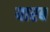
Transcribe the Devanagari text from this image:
यारब